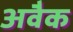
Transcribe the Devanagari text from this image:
अवैक